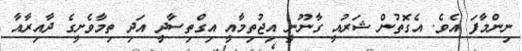
ނިންމާފަ އެވެ. އެގޮތުން ޝަރުއީ ގާނޫނީ އިޖުތިމާއީ އިގްތިސާދީ އަދި ތިމާވެށީގެ ދާއިރާއާ